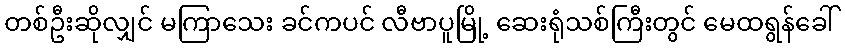
တစ်ဦးဆိုလျှင် မကြာသေး ခင်ကပင် လီဗာပူမြို့ ဆေးရုံသစ်ကြီးတွင် မေထရွန်ခေါ်